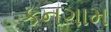
કનગામ